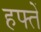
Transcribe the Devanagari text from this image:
हफ्तें